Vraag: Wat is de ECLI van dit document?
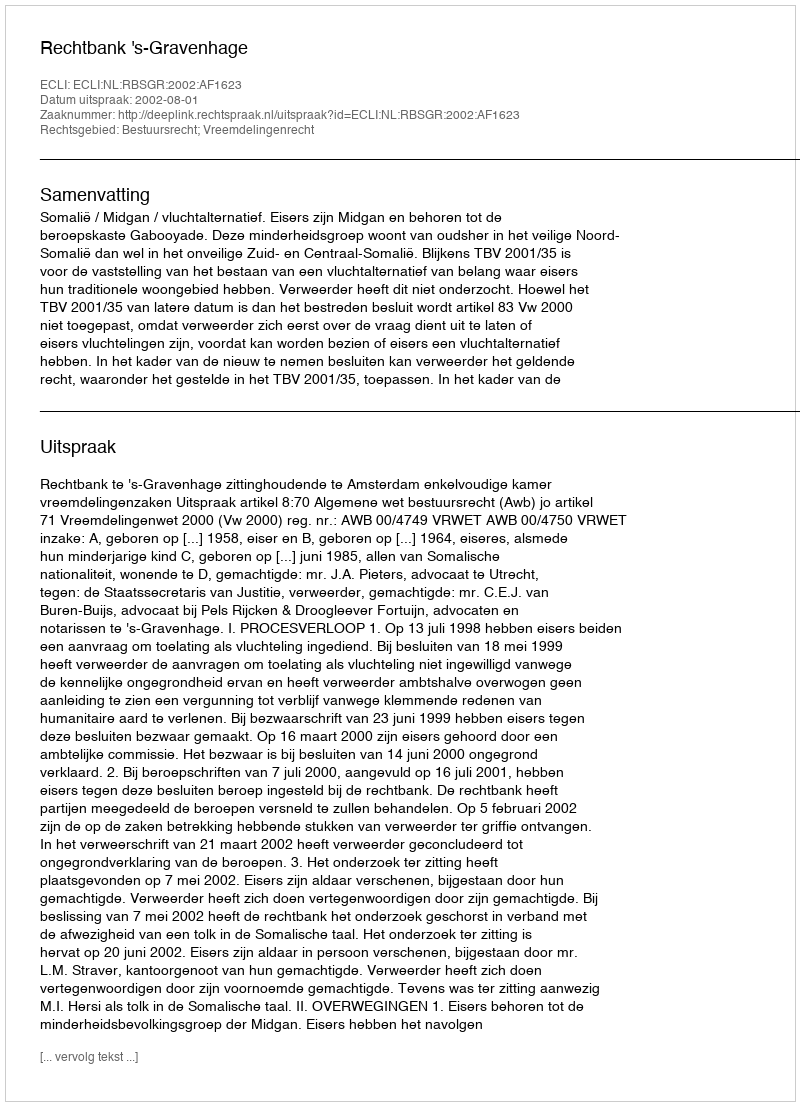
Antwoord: ECLI:NL:RBSGR:2002:AF1623